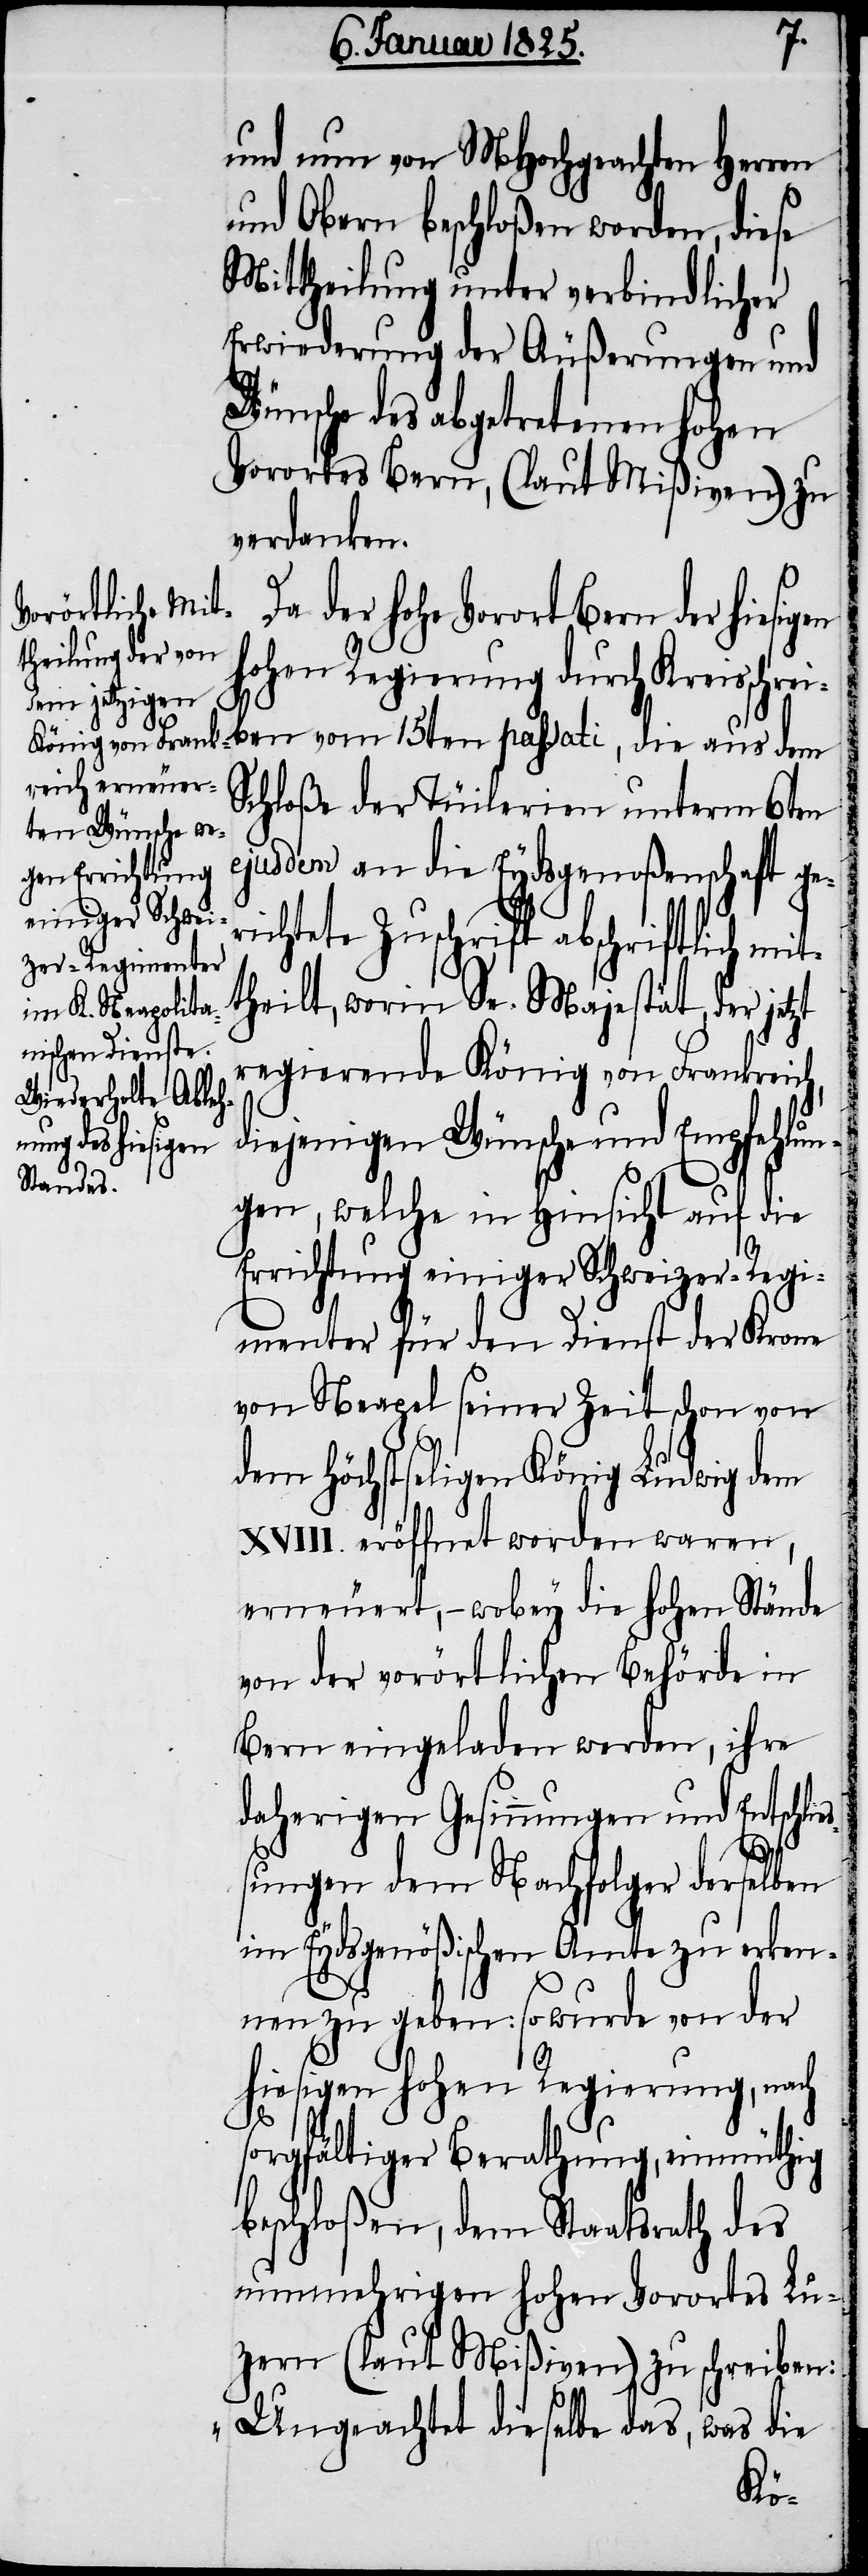
und nun von MHochgeachten Herren
und Obern beschloßen worden, diese
Mittheilung unter verbindlicher
Erwiederung der Äußerungen und
Wünsche des abgetretenen hohen
Vorortes Bern, (laut Mißiven) zu
verdanken.
Da der hohe Vorort Bern der hiesigen
hohen Regierung durch Kreisschrei¬
ben vom 15ten passati, die aus dem
Schloße der Tüilerien unterm 6ten
ejusdem an die Eydsgenoßenschaft ger¬
ichtete Zuschrift abschriftlich mi¬
theilt, worin Se. Majestät, der jetzt
regierende König von Frankreich,
diejenigen Wünsche und Empfehlu¬
ngen, welche in Hinsicht auf die
Errichtung einiger Schweizer-Regi¬
menter für den Dienst der Krone
von Neapel seiner Zeit schon von
dem Höchstseligen König Ludwig dem
XVIII. eröffnet worden waren,
erneuert, − wobey die hohen Stände
von der vorörtlichen Behörde in
Bern eingeladen werden, ihre
daherigen Gesinnungen und Entschli¬
e¬
ßungen dem Nachfolger derselben
im Eydsgenößischen Amte zu erken¬
nen zu geben: so wurde von der
hiesigen hohen Regierung, nach
sorgfältiger Berathung, einmüthig
beschloßen, dem Staatsrath des
nunmehrigen hohen Vorortes Lu¬
zern (laut Mißiven) zu schreiben:
„Ungeachtet dieselbe das, was die
t¬